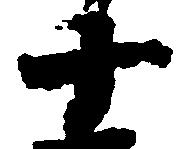
十